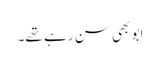
ابو بھی سن رہے تھے۔